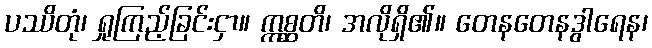
ပဿိတုံ၊ ရှုကြည့်ခြင်းငှာ။ ဣစ္ဆတိ၊ အလိုရှိ၏။ တေနတေနဒွါရေန၊